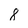
Character: 8